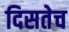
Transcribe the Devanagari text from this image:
दिसतेच